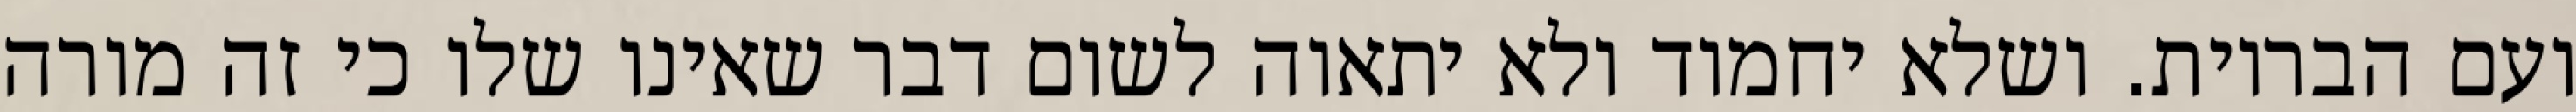
ועם הבריות. ושלא יחמוד ולא יתאוה לשום דבר שאינו שלו כי זה מורה